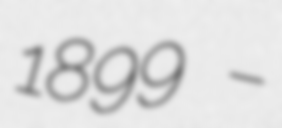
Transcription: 1899 –